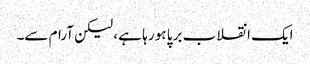
ایک انقلاب برپا ہو رہا ہے ، لیکن آرام سے۔